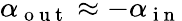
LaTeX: \alpha_{\mathrm{~o~u~t~}}\approx-\alpha_{\mathrm{~i~n~}}